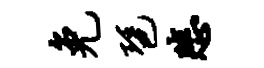
免琶悲